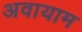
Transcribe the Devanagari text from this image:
अवायाम